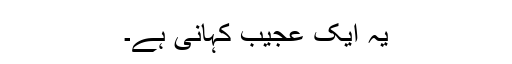
یہ ایک عجیب کہانی ہے۔